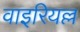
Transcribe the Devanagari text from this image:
वाइरियल्ल